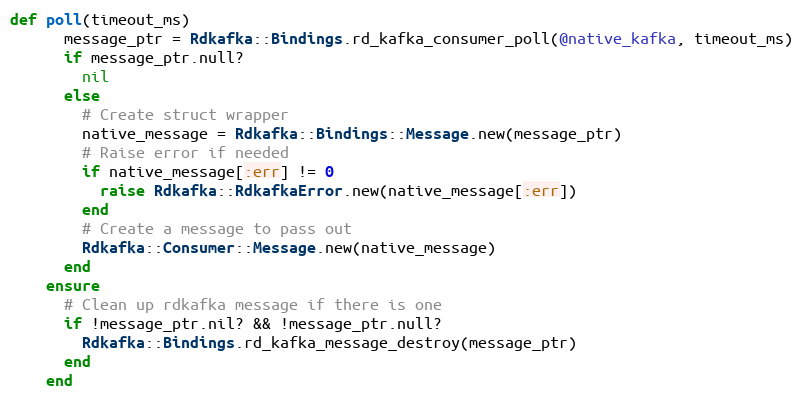
Language: Ruby
def poll(timeout_ms)
      message_ptr = Rdkafka::Bindings.rd_kafka_consumer_poll(@native_kafka, timeout_ms)
      if message_ptr.null?
        nil
      else
        # Create struct wrapper
        native_message = Rdkafka::Bindings::Message.new(message_ptr)
        # Raise error if needed
        if native_message[:err] != 0
          raise Rdkafka::RdkafkaError.new(native_message[:err])
        end
        # Create a message to pass out
        Rdkafka::Consumer::Message.new(native_message)
      end
    ensure
      # Clean up rdkafka message if there is one
      if !message_ptr.nil? && !message_ptr.null?
        Rdkafka::Bindings.rd_kafka_message_destroy(message_ptr)
      end
    end